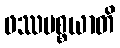
ဖဿပစ္စယာတိ